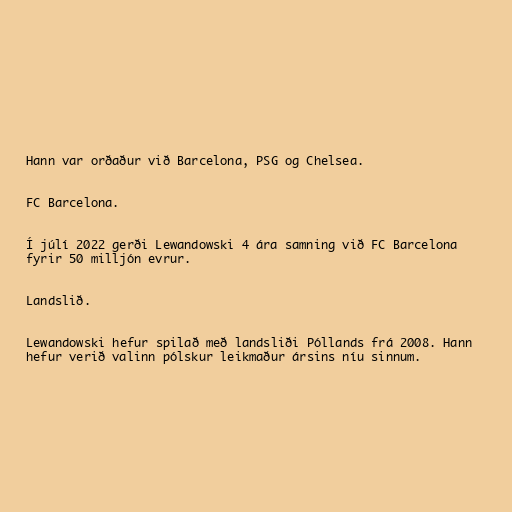
Hann var orðaður við Barcelona, PSG og Chelsea.

FC Barcelona.

Í júlí 2022 gerði Lewandowski 4 ára samning við FC Barcelona
fyrir 50 milljón evrur.

Landslið.

Lewandowski hefur spilað með landsliði Póllands frá 2008. Hann
hefur verið valinn pólskur leikmaður ársins níu sinnum.